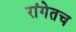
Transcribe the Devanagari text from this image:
रांगेतच